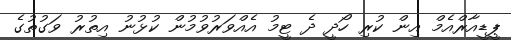
ޕީޑީއާރްއެމް އިން ކުރި ހޯދީ ދެ ޓީމު އެއްވަރުވުމުން ކުޅުނު އިތުރު ވަގުތުގެ